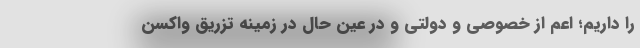
را داریم؛ اعم از خصوصی و دولتی و در عین حال در زمینه تزریق واکسن